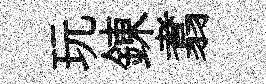
玩錬翥